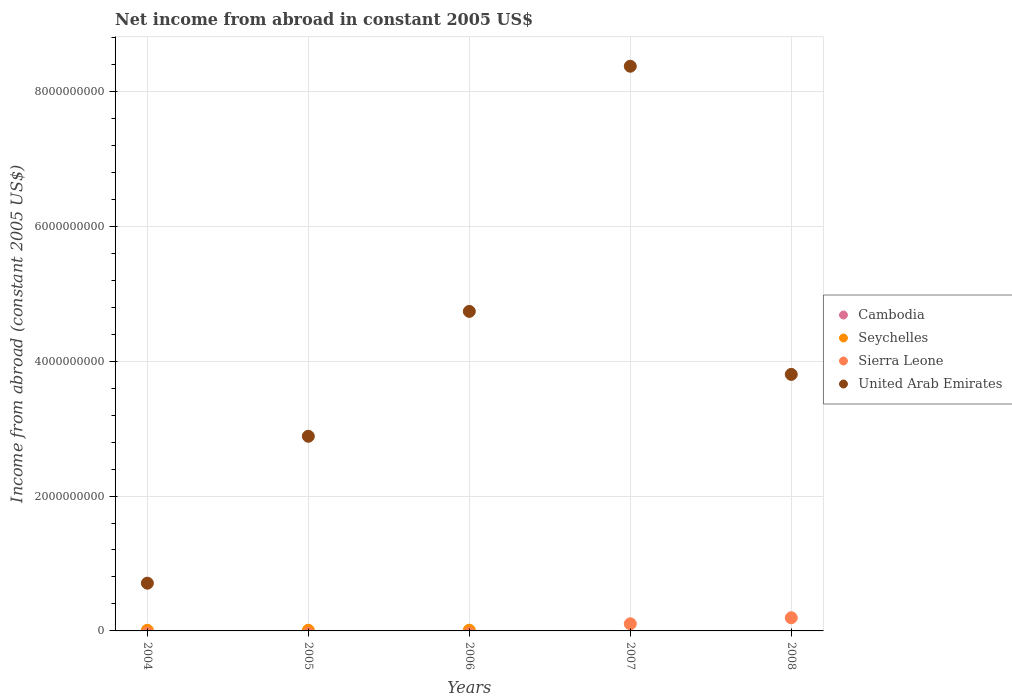
| Years | Cambodia | Seychelles | Sierra Leone | United Arab Emirates |
 | --- | --- | --- | --- | --- |
 | 2004 | -2.14e+08 | 9.44e+06 | -3.21e+07 | 7.08e+08 |
 | 2005 | -2.87e+08 | 9.81e+06 | -3.8e+07 | 2.89e+09 |
 | 2006 | -3.19e+08 | 1.04e+07 | -3.73e+07 | 4.74e+09 |
 | 2007 | -3.25e+08 | -7.2e+07 | 1.06e+08 | 8.37e+09 |
 | 2008 | -4.26e+08 | -8.25e+07 | 1.95e+08 | 3.8e+09 |